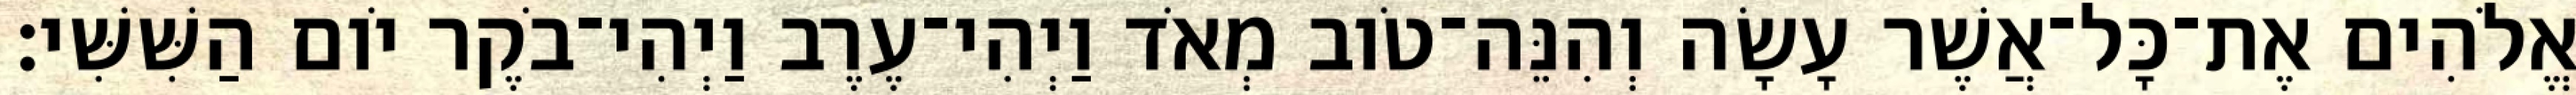
אֱלֹהִים אֶת־כָּל־אֲשֶׁר עָשָׂה וְהִנֵּה־טֹוב מְאֹד וַיְהִי־עֶרֶב וַיְהִי־בֹקֶר יֹום הַשִּׁשִּׁי׃